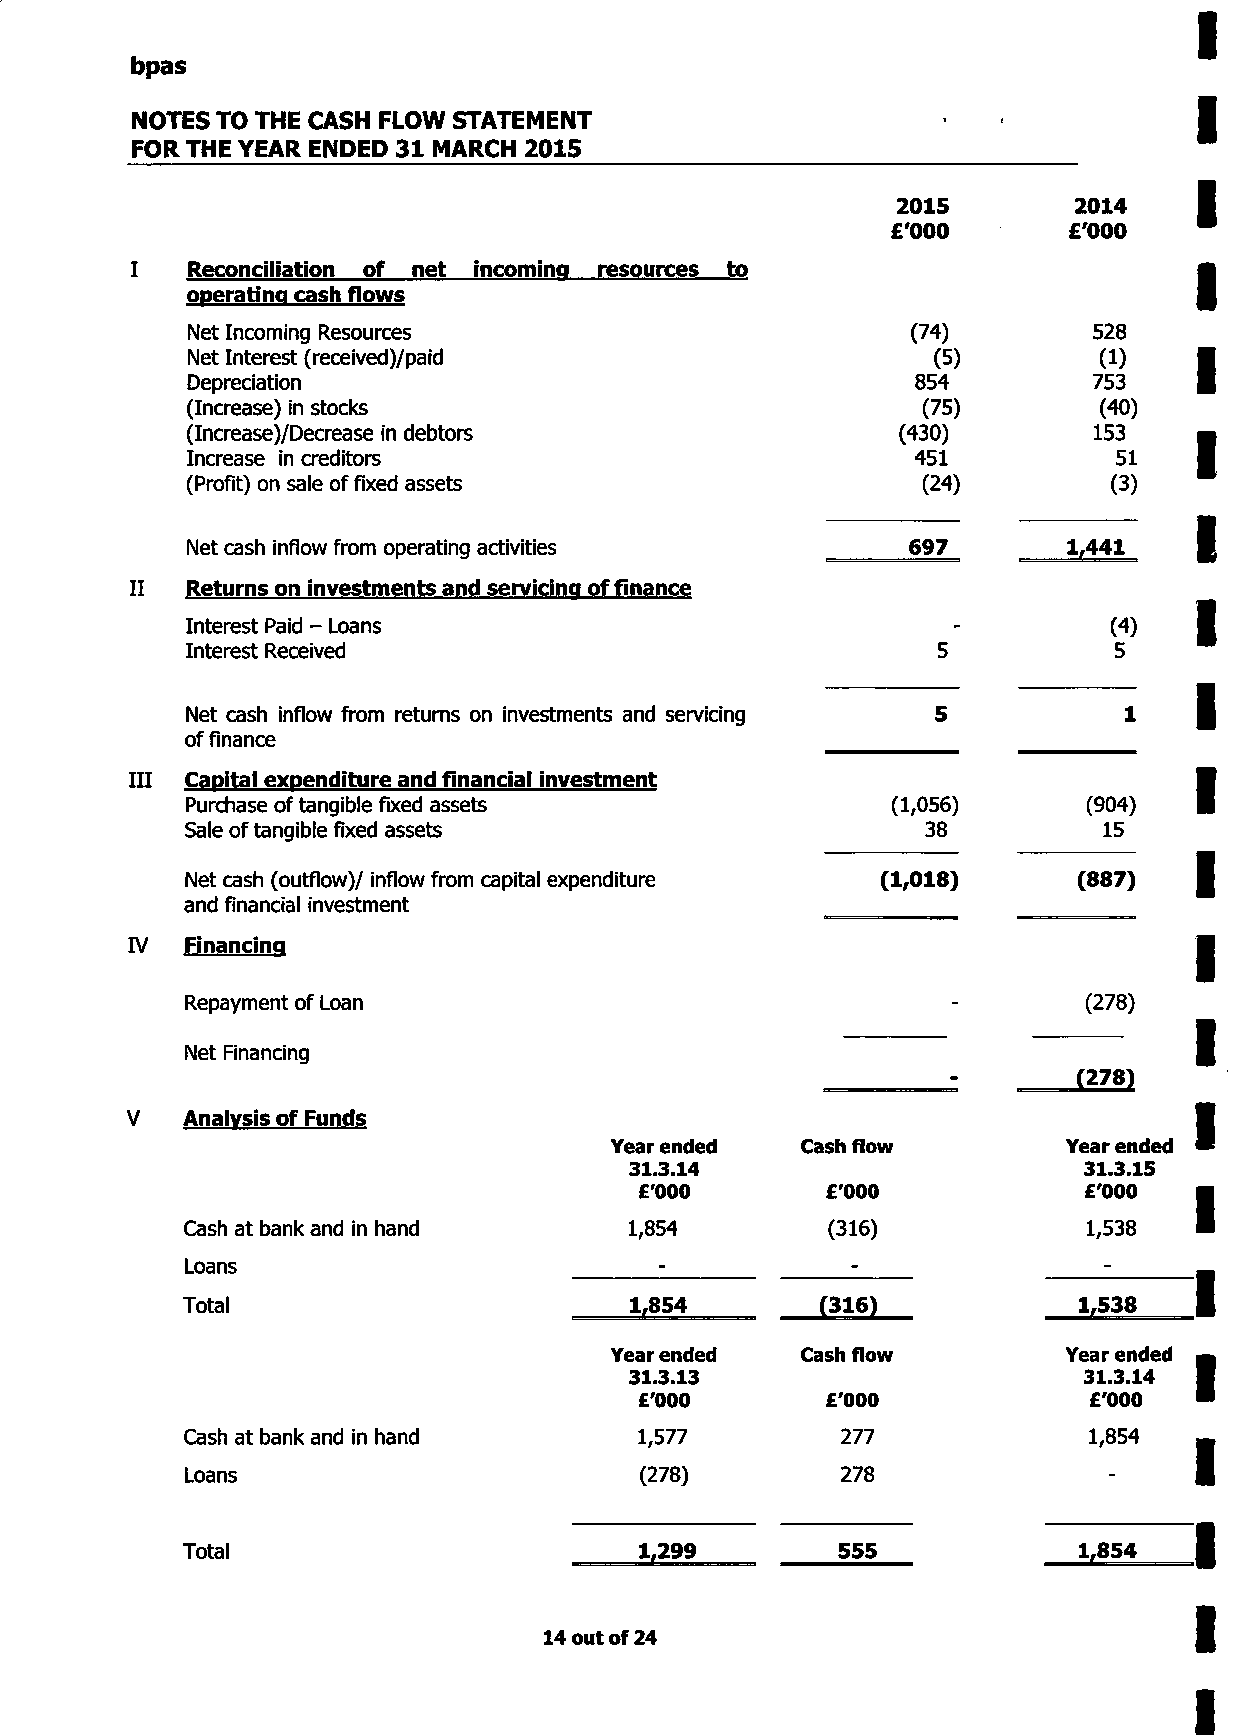
bpas
 NOTES TO THE CASH FLOW STATEMENT
 FOR THE YEAR ENDED 31 MARCH 2015
 2015         2014
 £'000       £'000
 I   Reconciliation of net incoming resources to
 operating cash flows
 Net Incoming Resources                          (74)        528
 Net Interest (received)/paid                      (5)        (1)
 Depreciation                                     854        753
 (Increase) in stocks                             (75)        (40)
 (Increase)/Decrease in debtors                 (430)        153
 Increase in creditors                            451          51
 (Profit) on sale of fixed assets                 (24)         (3)
 Net cash inflow from operating activities        697       1,441
 II Returns on investments and servicing of finance
 Interest Paid - Loans                              -          (4)
 Interest Received                                 5           5
 Net cash inflow from returns on investments and servicing
 of finance
 III Capital expenditure and financial investment
 Purchase of tangible fixed assets              (1,056)      (904)
 Sale of tangible fixed assets                    38          15
 Net cash (outflow)/ inflow from capital expenditure (1,018) (887)
 and financial investment
 IV  Financing
 Repayment of Loan                                           (278)
 Net Financing
 (278)
 V   Analysis of Funds
 Year ended   Cash flow         Year ended
 31.3.14                       31.3.15
 £'000        £'000            £'000
 Cash at bank and in hand      1,854        (316)            1,538
 Loans
 Total                         1,854       (316)            1,538
 Year ended   Cash flow         Year ended
 31.3.13                       31.3.14
 £'000        £'000            £'000
 Cash at bank and in hand      1,577         277             1,854
 Loans                         (278)         278
 Total                         1,299        555             1,854
 14 out of 24